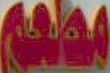
مطعم